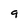
Character: 9